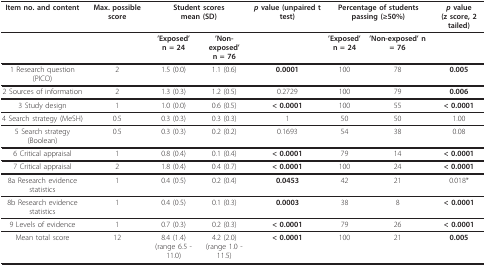
| Item no. and content | Max. possible score | <COLSPAN=2> Student scoresmean (SD) | p value (unpaired t test) | <COLSPAN=2> Percentage of students passing (≥50%) | p value(z score, 2 tailed) |
 | --- | --- | --- | --- | --- | --- | --- | --- |
 |  |  | 'Exposed'n = 24 | 'Non-exposed'n = 76 |  | 'Exposed'n = 24 | 'Non-exposed' n = 76 |  |
 | 1 Research question (PICO) | 2 | 1.5 (0.0) | 1.1 (0.6) | 0.0001 | 100 | 78 | 0.005 |
 | 2 Sources of information | 2 | 1.3 (0.3) | 1.2 (0.5) | 0.2729 | 100 | 79 | 0.006 |
 | 3 Study design | 1 | 1.0 (0.0) | 0.6 (0.5) | < 0.0001 | 100 | 55 | < 0.0001 |
 | 4 Search strategy (MeSH) | 0.5 | 0.3 (0.3) | 0.3 (0.3) | 1 | 50 | 50 | 1.00 |
 | 5 Search strategy (Boolean) | 0.5 | 0.3 (0.3) | 0.2 (0.2) | 0.1693 | 54 | 38 | 0.08 |
 | 6 Critical appraisal | 1 | 0.8 (0.4) | 0.1 (0.4) | < 0.0001 | 79 | 14 | < 0.0001 |
 | 7 Critical appraisal | 2 | 1.8 (0.4) | 0.4 (0.7) | < 0.0001 | 100 | 24 | < 0.0001 |
 | 8a Research evidence statistics | 1 | 0.4 (0.5) | 0.2 (0.4) | 0.0453 | 42 | 21 | 0.018* |
 | 8b Research evidence statistics | 1 | 0.4 (0.5) | 0.1 (0.3) | 0.0003 | 38 | 8 | < 0.0001 |
 | 9 Levels of evidence | 1 | 0.7 (0.3) | 0.2 (0.3) | < 0.0001 | 79 | 26 | < 0.0001 |
 | Mean total score | 12 | 8.4 (1.4)(range 6.5 - 11.0) | 4.2 (2.0)(range 1.0 - 11.5) | < 0.0001 | 100 | 21 | 0.005 |